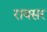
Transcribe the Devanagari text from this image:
रायसर